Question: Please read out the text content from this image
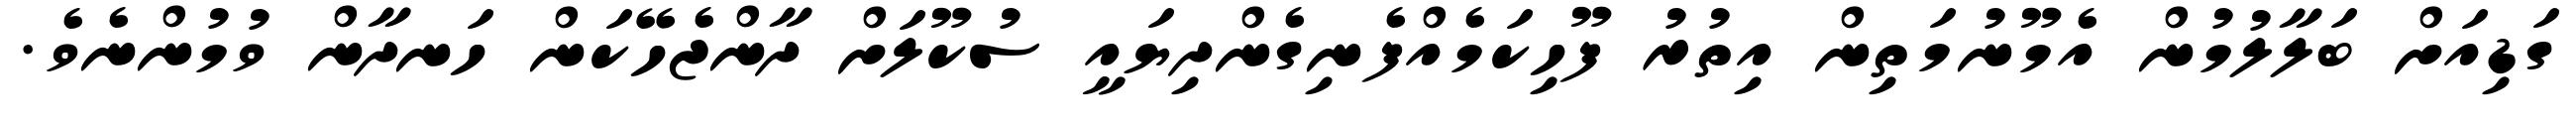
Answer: ގަޑިއަށް ބަލާލުމުން އެމޫނުމަތިން އިތުރު ފޫހިކަމެއްފެނިގެންދިޔައީ ސުކޫލަށް ދާންޖެހޭކަން ހަނދާން ވުމުންނެވެ.